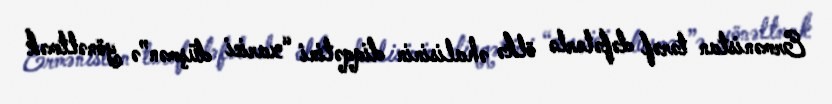
Ermənistan tərəf dəfələrlə ölkə əhalisinin diqqətini “xarici düşmən”ə yönəltmək